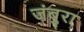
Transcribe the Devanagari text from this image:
जंबुरा